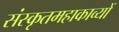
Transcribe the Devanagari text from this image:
संस्कृतमहाकाव्यों